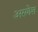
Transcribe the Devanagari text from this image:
अरुणेश